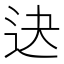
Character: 𨑣